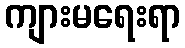
ကျားမရေးရာ